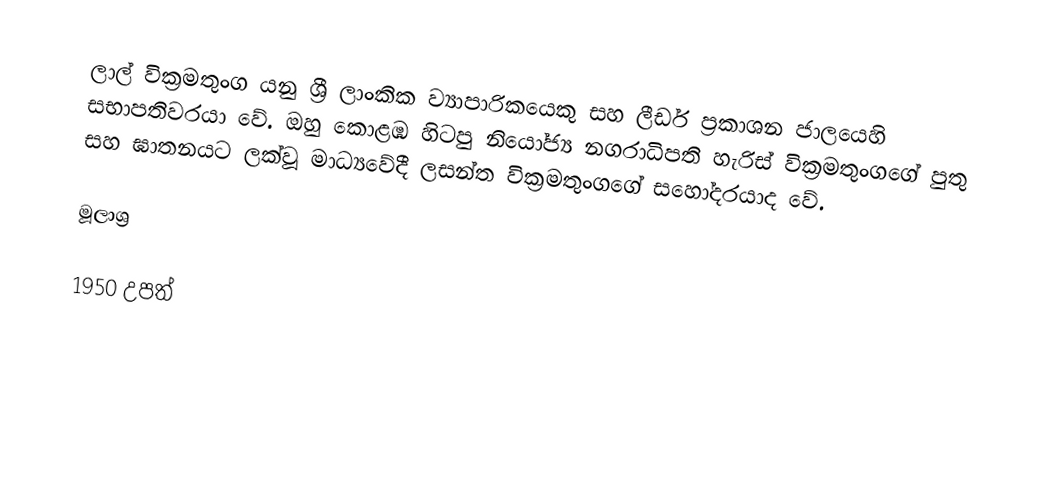
ලාල් වික්‍රමතුංග යනු ශ්‍රී ලාංකික ව්‍යාපාරිකයෙකු සහ ලීඩර් ප්‍රකාශන ජාලයෙහි සභාපතිවරයා වේ. ඔහු කොළඹ හිටපු නියෝජ්‍ය නගරාධිපති හැරිස් වික්‍රමතුංගගේ පුතු සහ ඝාතනයට ලක්වූ මාධ්‍යවේදී ලසන්ත වික්‍රමතුංගගේ සහෝදරයාද වේ.

මූලාශ්‍ර

1950 උපත්